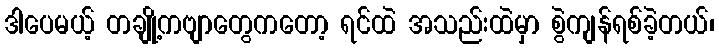
ဒါပေမယ့် တချို့ကဗျာတွေကတော့ ရင်ထဲ အသည်းထဲမှာ စွဲကျန်ရစ်ခဲ့တယ်၊